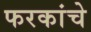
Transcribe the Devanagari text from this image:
फरकांचे